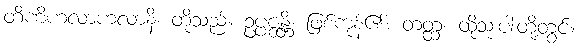
တိဏိဟလာဟလာနိ၊ တို့သည်။ ဥပ္ပဇ္ဇန္တိ၊ ဖြစ်ကုန်၏။ တတ္ထ၊ ထိုသုံးပါးတို့တွင်။